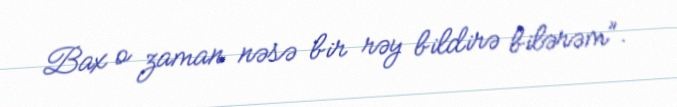
Bax o zaman nəsə bir rəy bildirə bilərəm”.